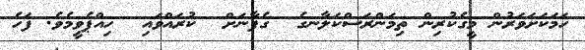
ހަމަކަށަވަރުން މީގެކުރިން ތިމަންރަސްކަލާނގެ  ގެފާނަށް  ކުރައްވައި  ހިއްޕެވީމެވެ. ފަހެ